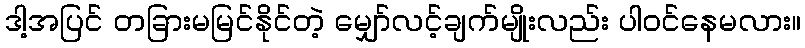
ဒါ့အပြင် တခြားမမြင်နိုင်တဲ့ မျှော်လင့်ချက်မျိုးလည်း ပါဝင်နေမလား။